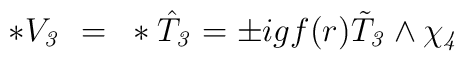
*V_{\it3}~=~*\hat{T}_{\it3}=\pm igf(r)\tilde{T}_{\it3}\wedge\chi_{\it4}\